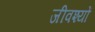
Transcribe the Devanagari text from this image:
जीवश्यों